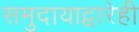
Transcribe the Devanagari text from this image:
समुदायाद्वारेही